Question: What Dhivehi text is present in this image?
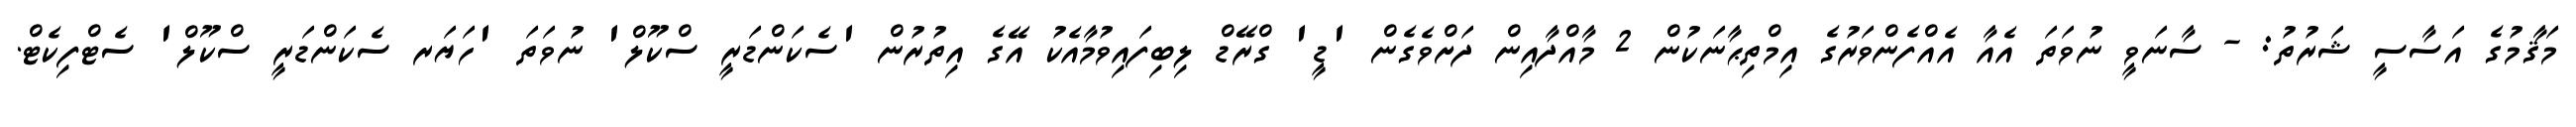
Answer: މަޤާމުގެ އަސާސީ ޝަރުތު: - ސާނަވީ ނުވަތަ އެއާ އެއްފެންވަރުގެ އިމްތިޙާނަކުން 2 މާއްދާއިން ދަށްވެގެން 'ޑީ' ގްރޭޑް ލިބިފައިވުމާއެކު އޭގެ އިތުރުން 'ސެކަންޑަރީ ސްކޫލް' ނުވަތަ 'ހަޔަރ ސެކަންޑަރީ ސްކޫލް' ސެޓްފިކެޓް.